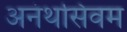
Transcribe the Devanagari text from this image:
अनंथसिवम